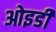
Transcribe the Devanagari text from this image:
ओइडी